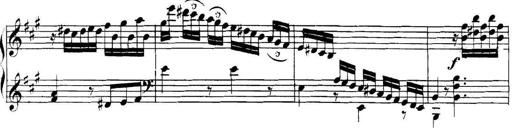
Title: Collected Piano Sonatas
Composer: Muzio Clementi